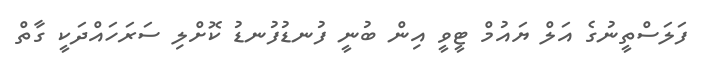
ފަލަސްތީނުގެ އަލް ޔައުމް ޓީވީ އިން ބުނީ ފުނޑުފުނޑު ކޮށްލި ސަރަހައްދަކީ ގާތް